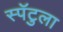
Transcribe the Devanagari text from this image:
स्पॅटुला